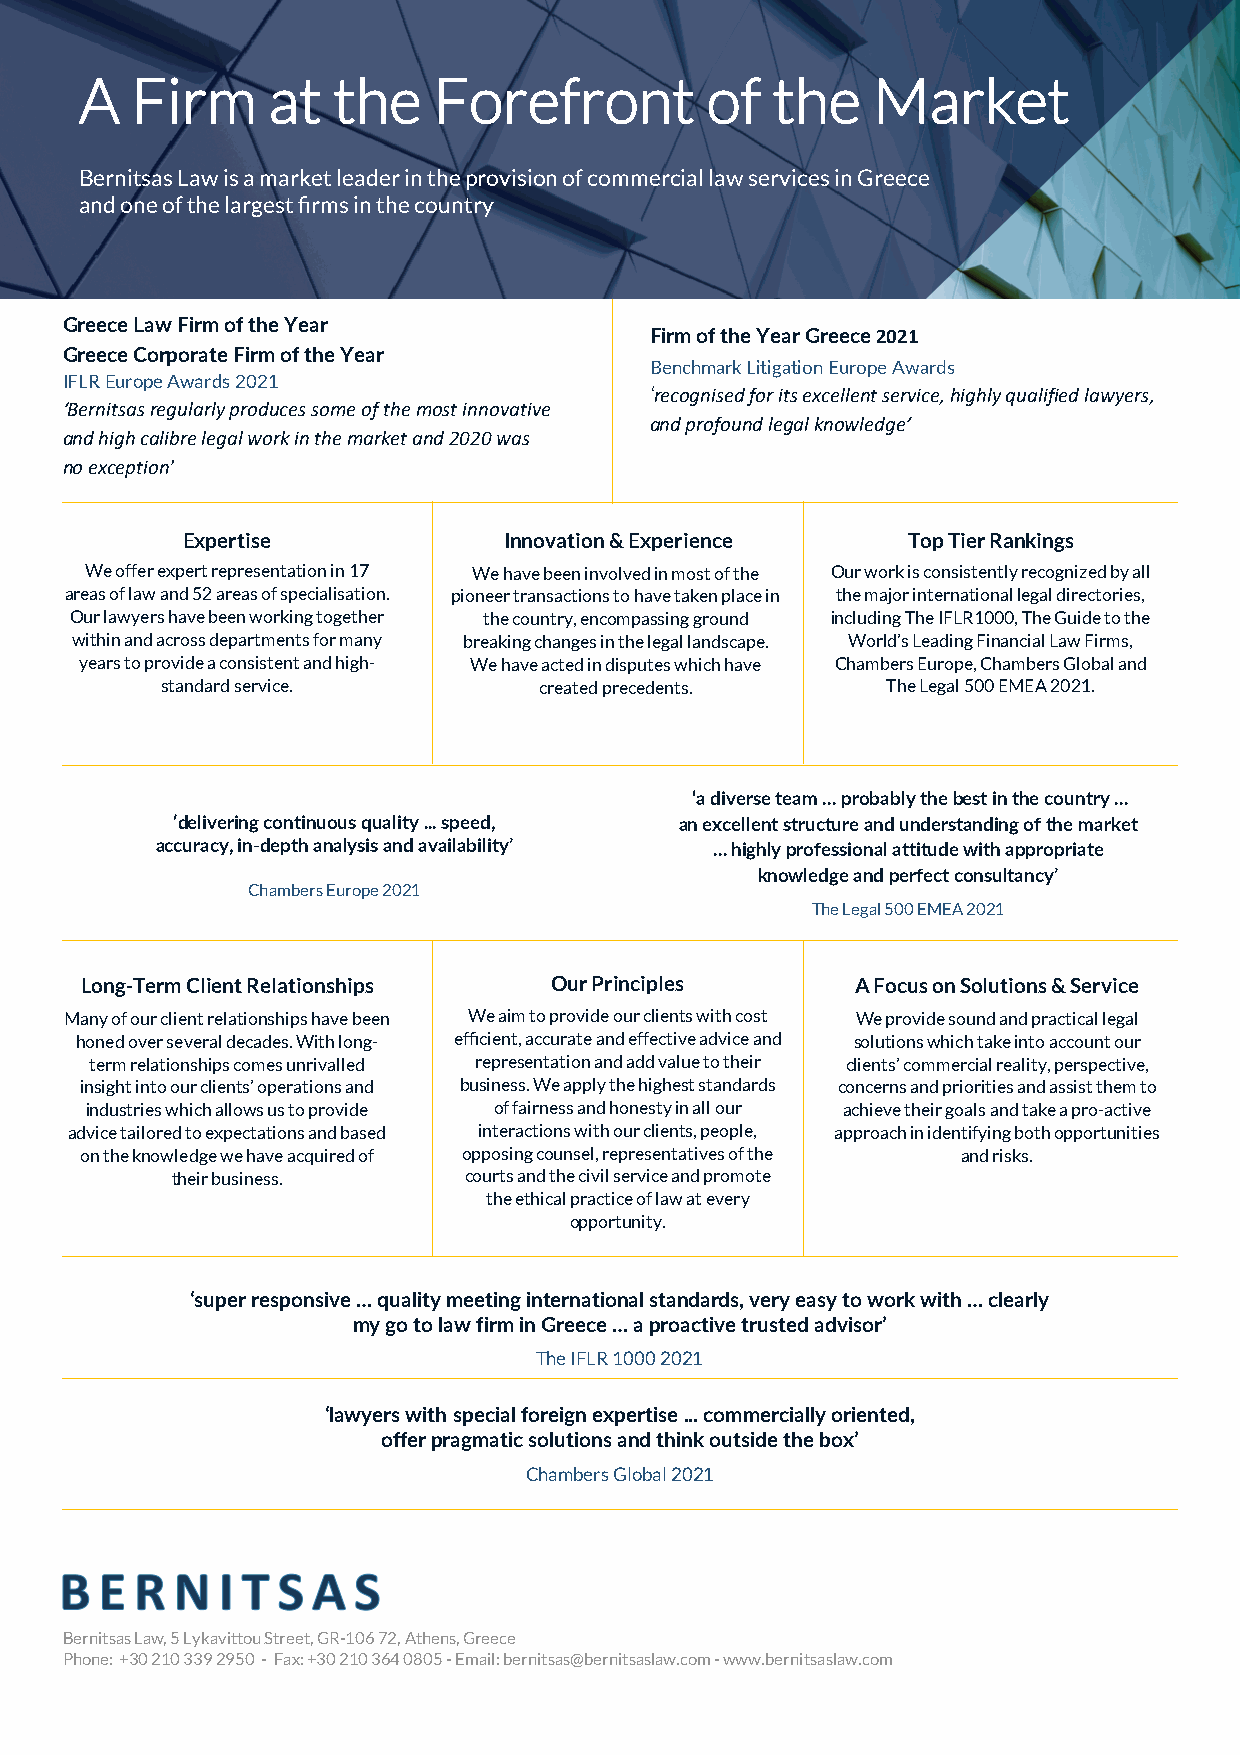
A   Firm     at  the    Forefront         of  the    Market
 Bernitsas Law is a market leader in the provision of commercial law services in Greece
 and one of the largest firms in the country
 Greece Law Firm of the Year
 Firm of the Year Greece 2021
 Greece Corporate Firm of the Year
 Benchmark Litigation Europe Awards
 IFLR Europe Awards 2021
 ‘recognised for its excellent service, highly qualified lawyers,
 ‘Bernitsas regularly produces some of the most innovative
 and profound legal knowledge’
 and high calibre legal work in the market and 2020 was
 no exception’
 Expertise            Innovation & Experience    Top Tier Rankings
 We offer expert representation in 17 We have been involved in most of the Our work is consistently recognized by all
 areas of law and 52 areas of specialisation. pioneer transactions to have taken place in the major international legal directories,
 Our lawyers have been working together the country, encompassing ground including The IFLR1000, The Guide to the
 within and across departments for many breaking changes in the legal landscape. World’s Leading Financial Law Firms,
 years to provide a consistent and high- We have acted in disputes which have Chambers Europe, Chambers Global and
 standard service.        created precedents.    The Legal 500 EMEA 2021.
 ‘a diverse team … probably the best in the country …
 ‘delivering continuous quality ... speed, an excellent structure and understanding of the market
 accuracy, in-depth analysis and availability’ … highly professional attitude with appropriate
 knowledge and perfect consultancy’
 Chambers Europe 2021
 The Legal 500 EMEA 2021
 Long-Term Client Relationships Our Principles       A Focus on Solutions & Service
 Many of our client relationships have been We aim to provide our clients with cost We provide sound and practical legal
 honed over several decades. With long- efficient, accurate and effective advice and solutions which take into account our
 term relationships comes unrivalled representation and add value to their clients’ commercial reality, perspective,
 insight into our clients’ operations and business. We apply the highest standards concerns and priorities and assist them to
 industries which allows us to provide of fairness and honesty in all our achieve their goals and take a pro-active
 advice tailored to expectations and based interactions with our clients, people, approach in identifying both opportunities
 on the knowledge we have acquired of opposing counsel, representatives of the and risks.
 their business.     courts and the civil service and promote
 the ethical practice of law at every
 opportunity.
 ‘super responsive … quality meeting international standards, very easy to work with … clearly
 my go to law firm in Greece … a proactive trusted advisor’
 The IFLR 1000 2021
 ‘lawyers with special foreign expertise ... commercially oriented,
 offer pragmatic solutions and think outside the box’
 Chambers Global 2021
 Bernitsas Law, 5 Lykavittou Street, GR-106 72, Athens, Greece
 Phone: +30 210 339 2950 - Fax: +30 210 364 0805 - Email: bernitsas@bernitsaslaw.com - www.bernitsaslaw.com